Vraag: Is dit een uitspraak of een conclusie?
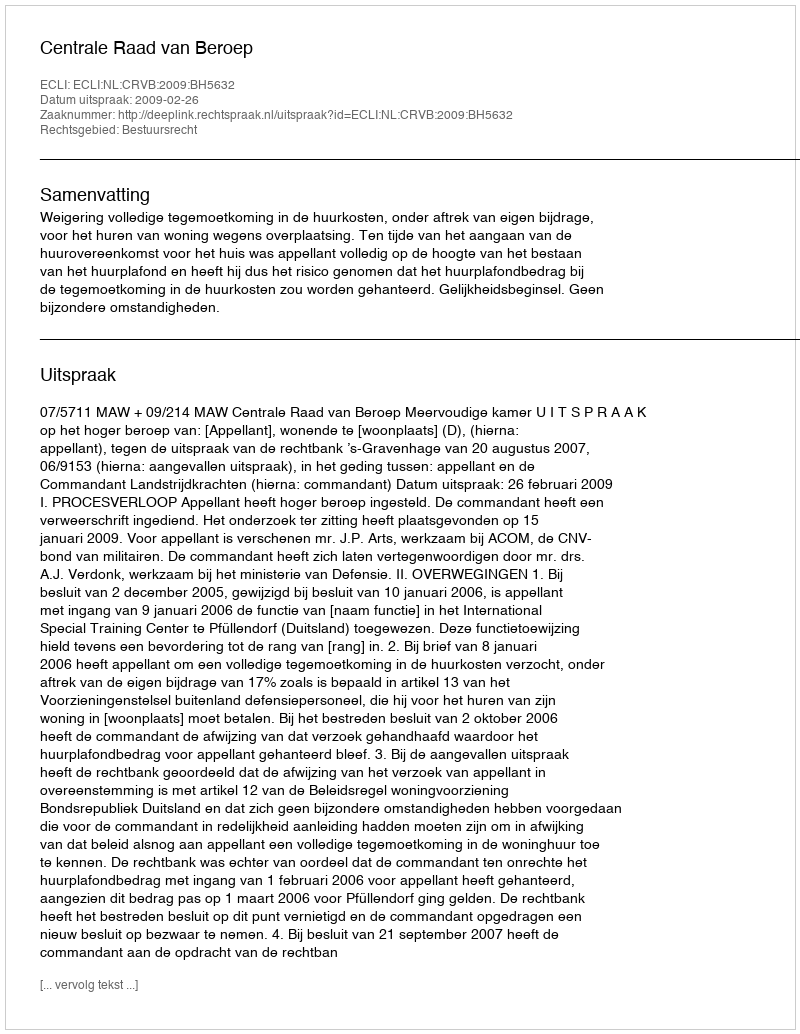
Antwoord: Uitspraak